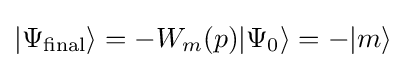
|\Psi _{\text{final}}\rangle =-W_{m}(p)|\Psi _{0}\rangle =-|m\rangle